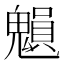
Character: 𩴉